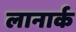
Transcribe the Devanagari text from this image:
लानार्क